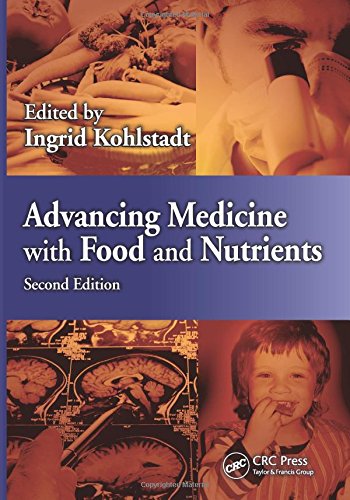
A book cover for Advancing Medicine with Food and Nutrients, Second Edition; Medical Books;